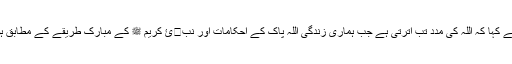
آپ نے کہا کہ اللہ کی مدد تب اترتی ہے جب ہماری زندگی اللہ پاک کے احکامات اور نب�ئ کریم ﷺ کے مبارک طریقے کے مطابق ہوگی۔